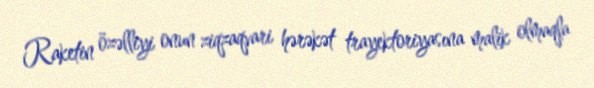
Raketin özəlliyi onun ziqzaqvari hərəkət trayektoriyasına malik olmaqla